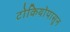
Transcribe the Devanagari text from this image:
टोकियोपासून